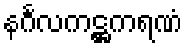
နင်္ဂလကဋ္ဌကရဏံ